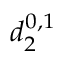
d _ { 2 } ^ { 0 , 1 }